Report on sanitation, dispensaries, and jails in Rajputana for 1918, and on vaccination for the year 1918-1919 - 1918-1919
Year: 1918
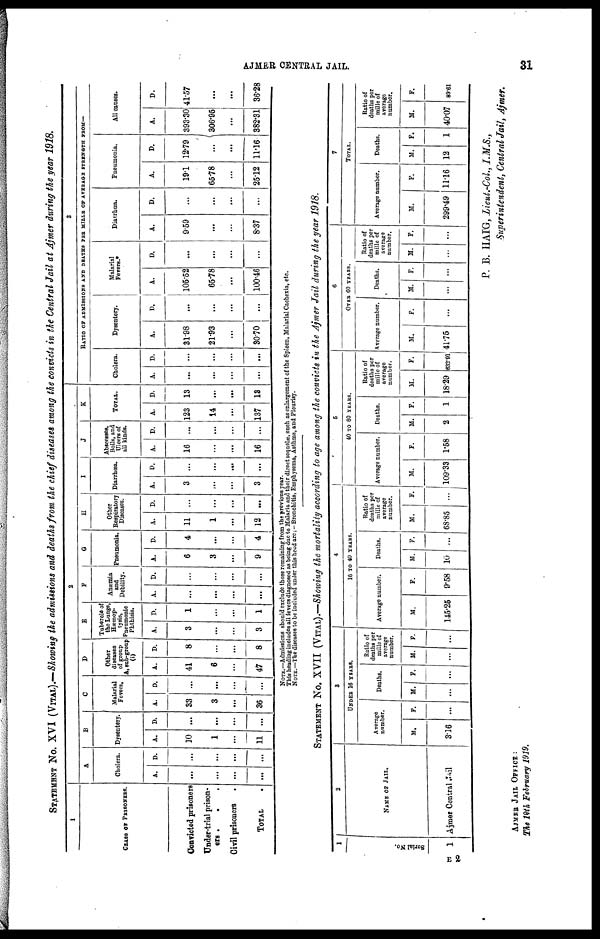
AJMER CENTRAL JAIL.
31
STATEMENT No. XVI (VITAL).—Showing the admissions and deaths from the chief diseases among the convicts in the Central Jail at Ajmer during the year 1918.
1
CLASS OF PRISONERS.
Convicted prisoners
Under-trial prison-
ers . . .
Civil prisoners .
TOTAL .
2
A
Cholera.
A.
...
...
...
...
D.
...
...
...
...
B
Dysentery.
A.
10
1
...
11
D.
...
...
...
...
C
Malarial
Fevers.
A.
33
3
...
36
D.
...
...
...
...
D
Other
diseases
of group
A, sub-group
(i)
A.
41
6
...
47
D.
8
...
...
8
E
Tubercle of
the Lungs,
Hæmop-
tysis,
Pneumonic
Phthisis.
A.
3
...
...
3
D.
1
...
...
1
F
Anæmia
and
Debility.
A.
...
...
...
...
D.
...
...
...
...
G
Pneumonia.
A.
6
3
...
9
D.
4
...
...
4
H
Other
Respiratory
Diseases.
A.
11
1
...
12
D.
...
...
...
...
I
Diarrhœa.
A.
3
...
...
3
D.
...
...
...
...
J
Abscesses,
Boils, and
Ulcers of
all kinds.
A.
16
...
...
16
D.
...
...
...
...
K
TOTAL.
A.
123
14
...
137
D.
13
...
...
13
3
RATIO OF ADMISSIONS AND DEATHS PER MILLE OF AVERAGE STRENGTH FROM—
Cholera.
A.
...
...
...
...
D.
...
...
...
...
Dysentery.
A.
31.98
21.93
...
30.70
D.
...
...
...
...
Malarial
Fevers.*
A.
105.52
65.78
...
100.46
D.
...
...
...
...
Diarrhœa.
A.
9.59
...
...
8.37
D.
...
...
...
...
Pneumonia.
A.
19.1
65.78
...
25.12
D.
12.79
...
...
11.16
All causes.
A.
393.30
306.95
...
382.31
D.
41.57
...
...
36.28
NOTE.—Admissions should exclude those remaining from the previous year.
This heading includes all fevers diagnosed as being due to Malaria and their direct sequelæ, such as enlargement of the Spleen, Malarial Cachexia, etc.
NOTE.—The diseases to be included under this head are: - Bronchitis, Emphysema, Asthma, and Pleurisy.
STATEMENT No. XVII (VITAL).—Showing the mortality according to age among the convicts in the Ajmer Jail during the year 1918.
1
Serial No.
1
2
NAME OF JAIL.
Ajmer Central Jail
3
UNDER 16 YEARS.
Average
number.
M.
3.16
F.
...
Deaths.
M.
...
F.
...
Ratio of
deaths per
mille of
average
number.
M.
...
F.
...
4 16 TO 40 YEARS.
Average number.
M.
145.25
F.
9.58
Deaths.
M.
10
F.
...
Ratio of
deaths per
mille of
average
number.
M.
68.85
F.
...
5
40 TO 60 YEARS.
Average number.
M.
109.33
F.
1.58
Deaths.
M.
2
F.
1
Ratio of
deaths per
mille of
average
number.
M.
18.29
F.
632.91
6
OVER 60 YEARS.
Average number.
M.
41.75
F.
...
Deaths.
M.
...
F.
...
Ratio of
deaths per
mille of
average
number.
M.
...
F.
...
7
TOTAL.
Average number.
M.
299.49
F.
11.16
Deaths.
M.
12
F.
1
Ratio of
deaths per
mille of
average
number.
M.
40.07
F.
89.61
P. B. HAIG, Lieut.-Col, I.M.S.,
Superintendent, Central Jail, Ajmer.
AJMER JAIL OFFICE :
The 10th February 1919.
E 2